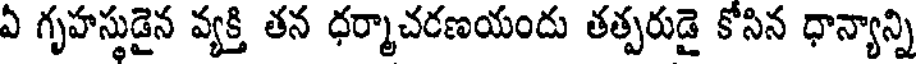
ఏ గృహస్తుడైన వ్యక్తి తన ధర్మాచరణయందు తత్పరుడై కోసిన ధాన్యాన్ని